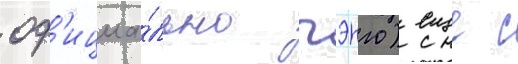
оф'ициа́льно гэнго) еще с